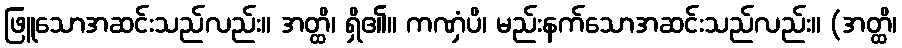
ဖြူသောအဆင်းသည်လည်း။ အတ္ထိ၊ ရှိ၏။ ကဏှံပိ၊ မည်းနက်သောအဆင်းသည်လည်း။ (အတ္ထိ၊